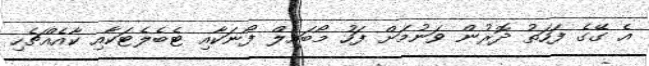
އެ ގޭގެ ފަހަތު ދޮރުން ވަނުމަށް ފަހު މޯބައިލް ފޯނަކާއި ޓެބެލެޓަކާއި ކާއެއްޗެހި